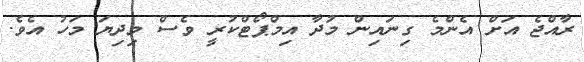
ރާއްޖެ އަށް އެންމެ ގިނައިން މުދާ އިމްޕޯޓްކުރީ ވެސް މިދިޔަ މަހު އެވެ.